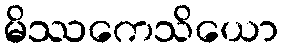
မိဿကေသိယော